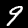
Label: 9